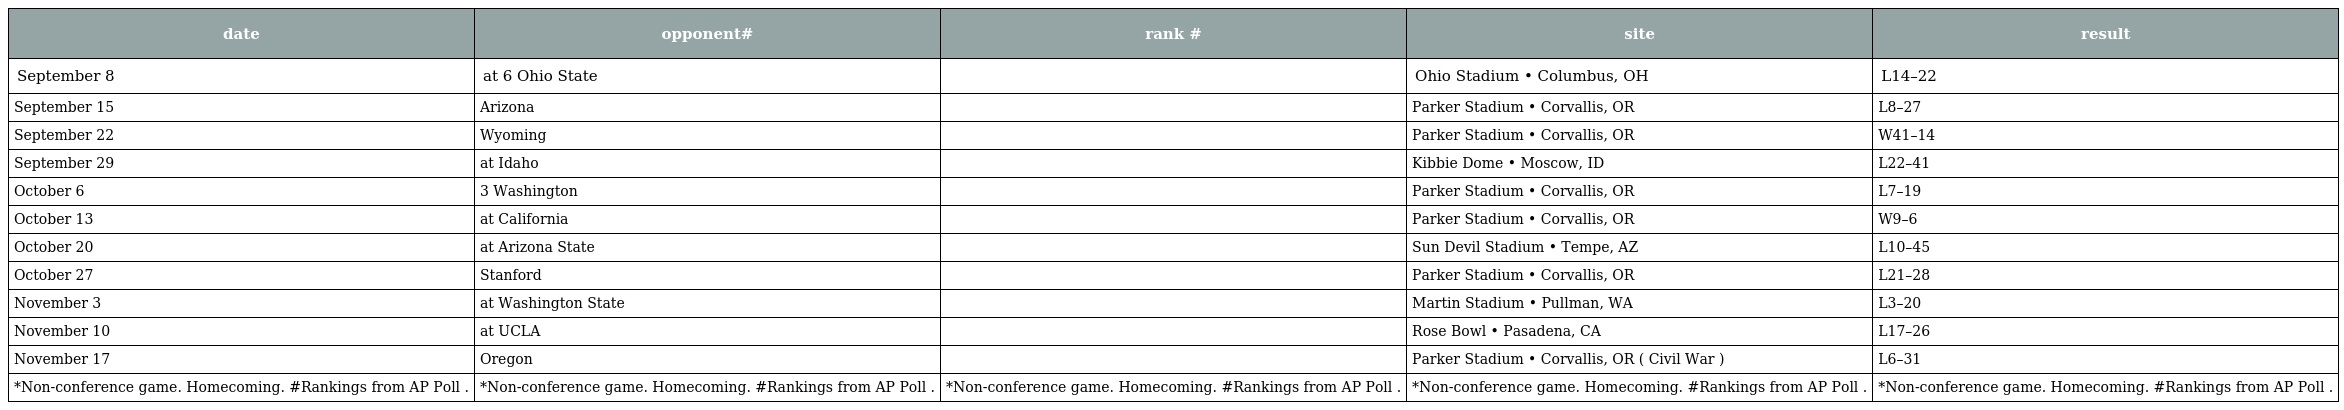
| date | opponent# | rank # | site | result |
 | --- | --- | --- | --- | --- |
 | September 8 | at 6 Ohio State |  | Ohio Stadium • Columbus, OH | L14–22 |
 | September 15 | Arizona |  | Parker Stadium • Corvallis, OR | L8–27 |
 | September 22 | Wyoming |  | Parker Stadium • Corvallis, OR | W41–14 |
 | September 29 | at Idaho |  | Kibbie Dome • Moscow, ID | L22–41 |
 | October 6 | 3 Washington |  | Parker Stadium • Corvallis, OR | L7–19 |
 | October 13 | at California |  | Parker Stadium • Corvallis, OR | W9–6 |
 | October 20 | at Arizona State |  | Sun Devil Stadium • Tempe, AZ | L10–45 |
 | October 27 | Stanford |  | Parker Stadium • Corvallis, OR | L21–28 |
 | November 3 | at Washington State |  | Martin Stadium • Pullman, WA | L3–20 |
 | November 10 | at UCLA |  | Rose Bowl • Pasadena, CA | L17–26 |
 | November 17 | Oregon |  | Parker Stadium • Corvallis, OR ( Civil War ) | L6–31 |
 | *Non-conference game. Homecoming. #Rankings from AP Poll . | *Non-conference game. Homecoming. #Rankings from AP Poll . | *Non-conference game. Homecoming. #Rankings from AP Poll . | *Non-conference game. Homecoming. #Rankings from AP Poll . | *Non-conference game. Homecoming. #Rankings from AP Poll . |